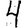
Digit: 4